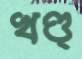
খণ্ড্‌